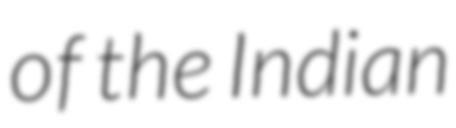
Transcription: of the Indian